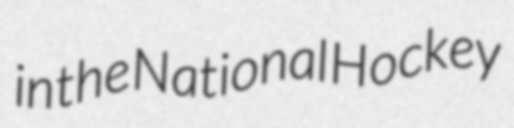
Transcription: in the National Hockey